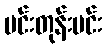
မင်းတုန်းမင်း